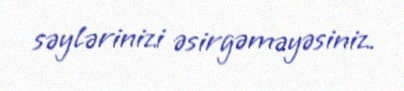
səylərinizi əsirgəməyəsiniz.